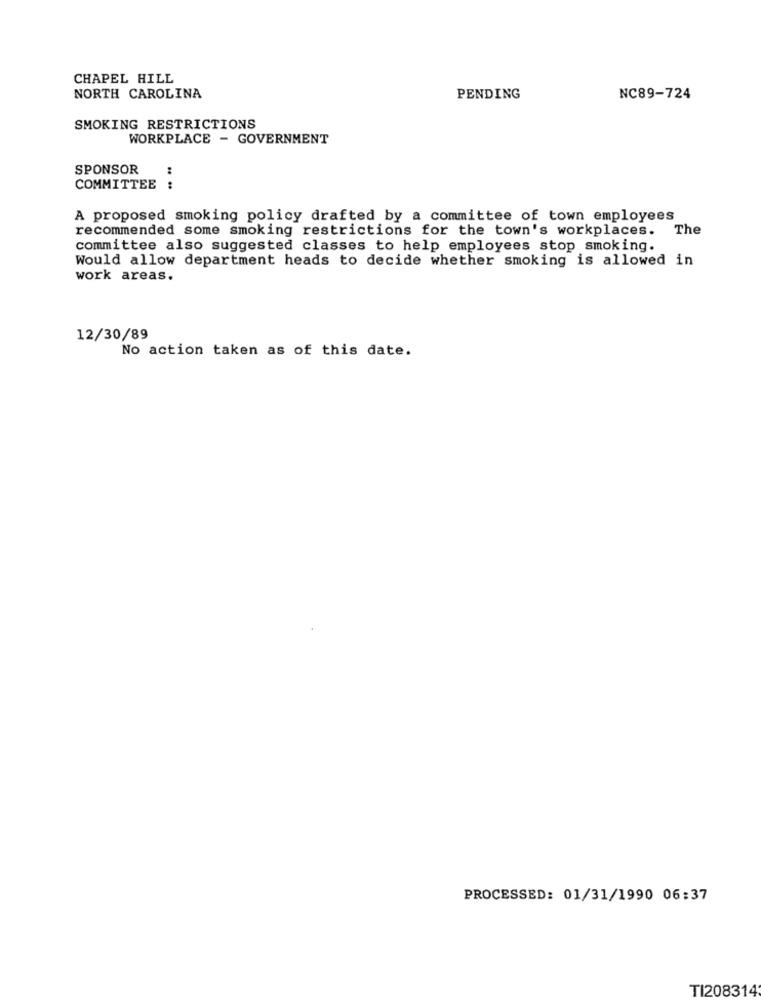
CHAPEL HILL
NORTH CAROLINA
PENDING
NC89-724
SMOKING RESTRICTIONS
WORKPLACE - GOVERNMENT
SPONSOR
:
COMMITTEE :
A proposed smoking policy drafted by a committee of town employees
recommended some smoking restrictions for the town's workplaces. The
committee also suggested classes to help employees stop smoking.
Would allow department heads to decide whether smoking is allowed in
work areas.
12/30/89
No action taken as of this date.
PROCESSED: 01/31/1990 06:37
TI208314